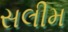
સલીમ